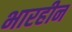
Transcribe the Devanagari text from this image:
भारहीन